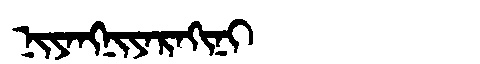
Manchu: ᠨᡳᠶᠠᠩᠨᡳᠶᠠᡵᠠᡴᡳᠨᡳ
Romanization: NIYANGNIYARAKINI